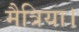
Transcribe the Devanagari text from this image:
मैत्रिया।